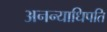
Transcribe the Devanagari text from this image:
अनन्याधिपति